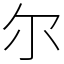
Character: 尔